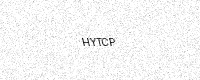
Text: HYTCP